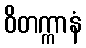
ဝိတက္ကာနံ